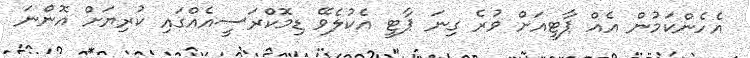
އެހެންކަމުން އެއް ޕާޓީއަށް ވުރެ ގިނަ ޕާޓީ އެކުލެވޭ ޑިމޮކްރަސީއެއްގައި ކުރިޔަށް އޮންނަ